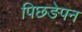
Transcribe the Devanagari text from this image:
पिछङेपन